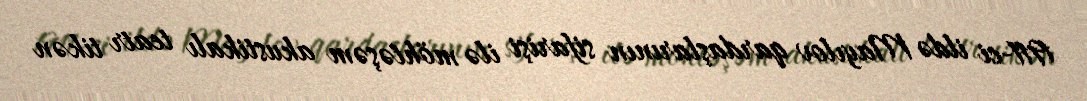
1911-ci ildə Mayılov qardaşlarının sifarişi ilə möhtəşəm akustikalı teatr tikən